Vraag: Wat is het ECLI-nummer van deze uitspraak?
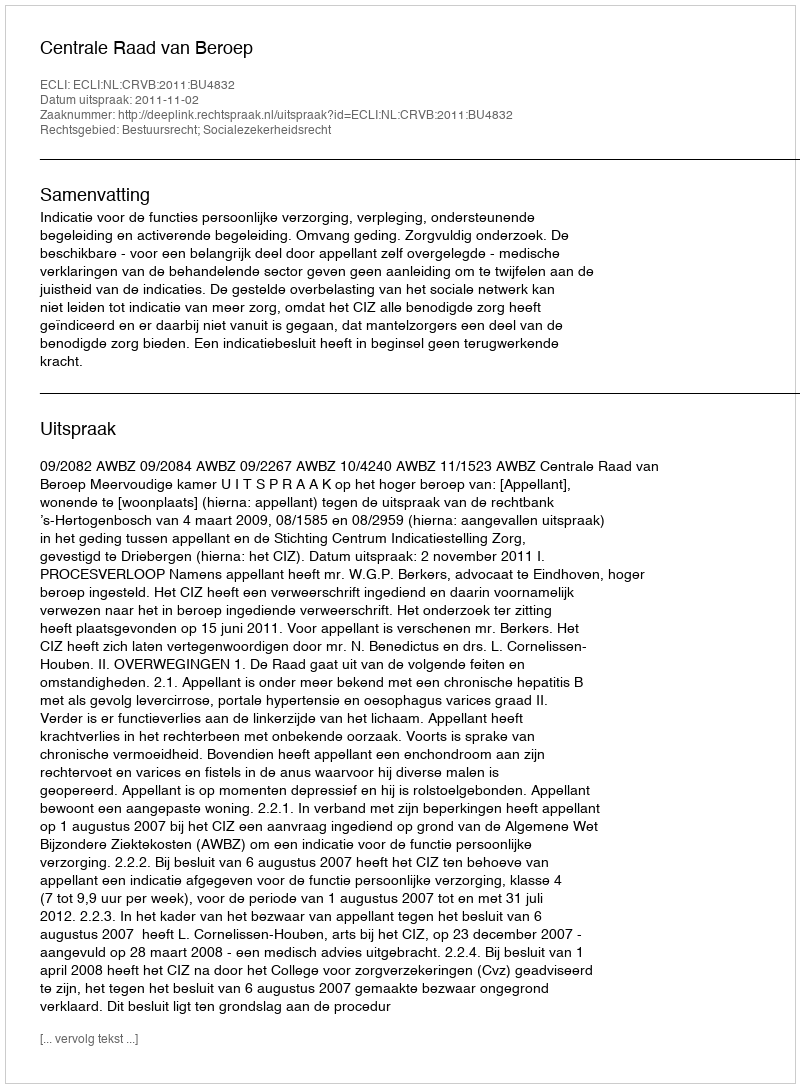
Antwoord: ECLI:NL:CRVB:2011:BU4832